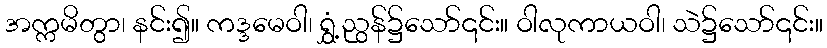
အက္ကမိတွာ၊ နင်း၍။ ကဒ္ဒမေဝါ၊ ရွှံ့ညွန်၌သော်၎င်း။ ဝါလုကာယဝါ၊ သဲ၌သော်၎င်း။